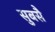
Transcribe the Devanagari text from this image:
सुबसै